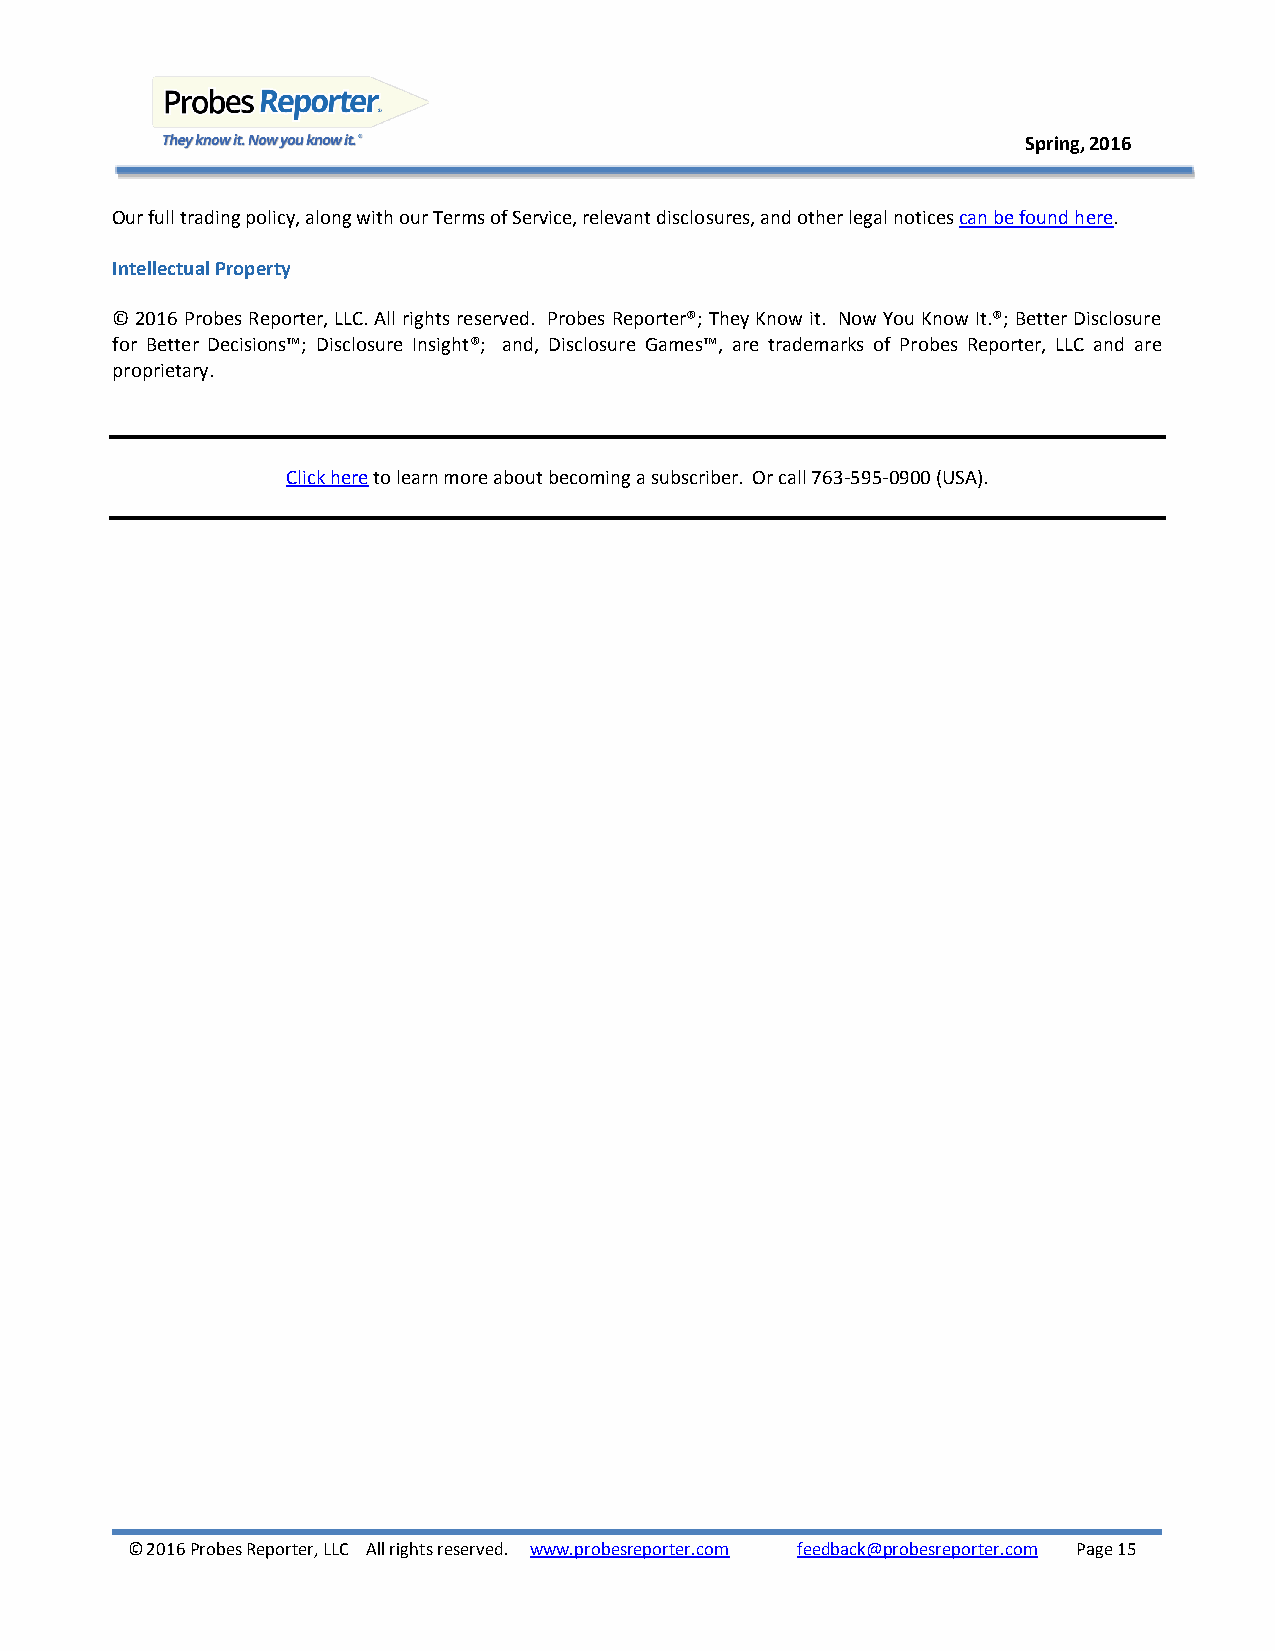
Spring, 2016
 Our full trading policy, along with our Terms of Service, relevant disclosures, and other legal notices can be found here.
 Intellectual Property
 © 2016 Probes Reporter, LLC. All rights reserved. Probes Reporter®; They Know it. Now You Know It.®; Better Disclosure
 for Better Decisions™; Disclosure Insight®; and, Disclosure Games™, are trademarks of Probes Reporter, LLC and are
 proprietary.
 Click here to learn more about becoming a subscriber. Or call 763-595-0900 (USA).
 © 2016 Probes Reporter, LLC All rights reserved. www.probesreporter.com feedback@probesreporter.com Page 15